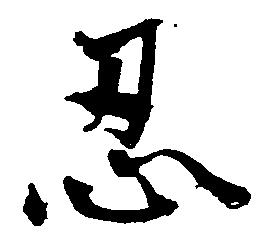
忍